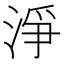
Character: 淨